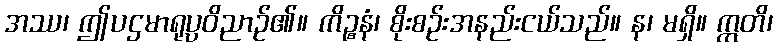
အဿ၊ ဤပဌမာရုပ္ပဝိညာဉ်၏။ ကိဉ္စနံ၊ စိုးစဉ်းအနည်းငယ်သည်။ န၊ မရှိ။ ဣတိ၊